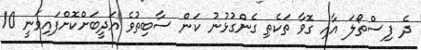
ދެ ފިސްތޯލަ އާއި ގޮވާ ތަކެތި ގެންގުޅުނު ކަން ސާބިތުވެ އަދީބަށްކޮށްފައިވަނީ 10